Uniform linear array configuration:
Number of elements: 64
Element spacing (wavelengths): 0.25
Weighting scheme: kaiser
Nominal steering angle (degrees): -15
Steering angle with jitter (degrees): -16.894
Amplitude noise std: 0.05
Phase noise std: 0.05

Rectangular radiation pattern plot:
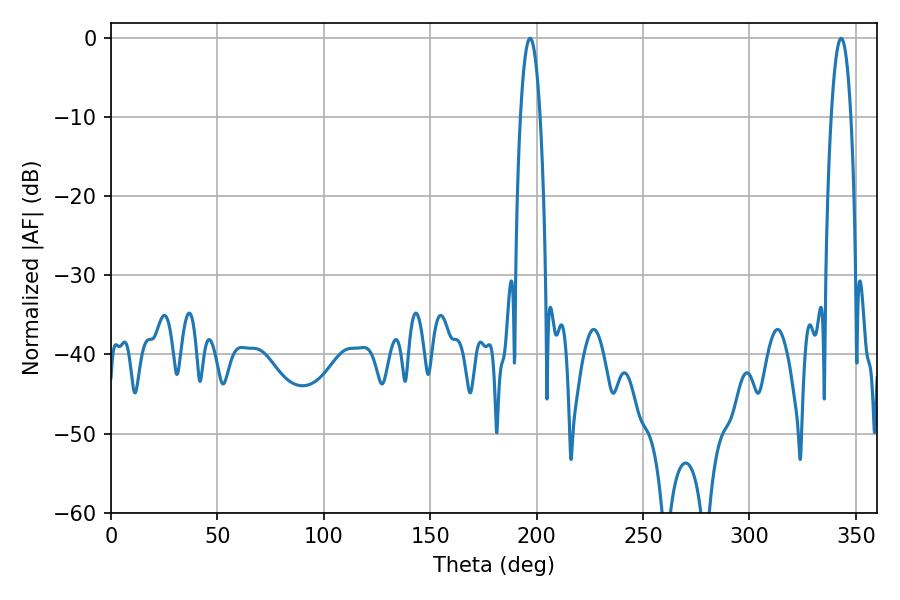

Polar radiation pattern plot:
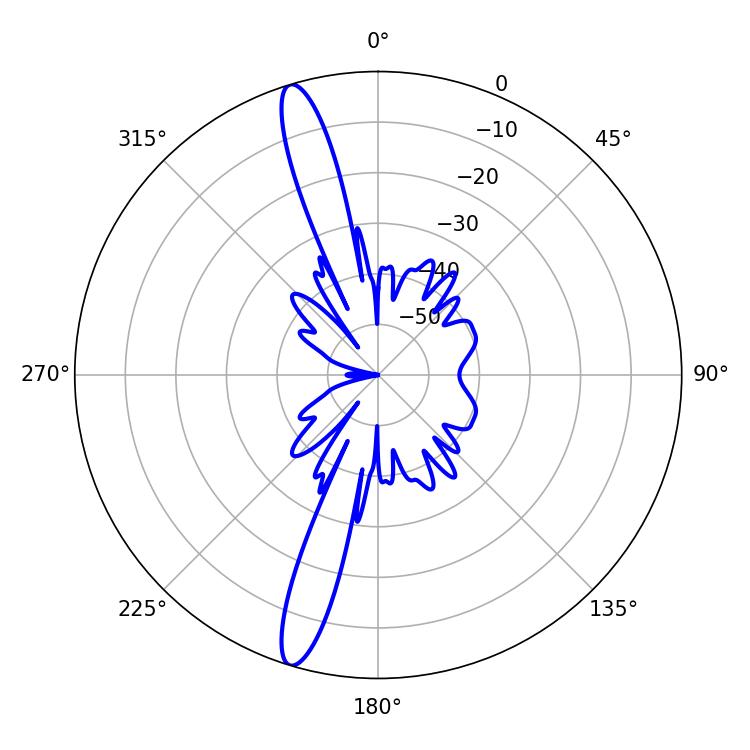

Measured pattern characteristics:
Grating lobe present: FALSE
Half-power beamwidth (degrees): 5.04
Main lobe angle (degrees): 196.92